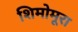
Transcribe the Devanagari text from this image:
शिमोमूरा